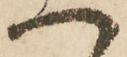
へ